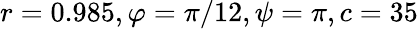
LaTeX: r=0.985,\varphi=\pi/12,\psi=\pi,c=35